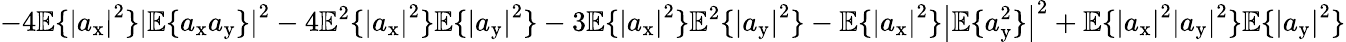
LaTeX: -4\mathbb{E}\{ \left|a_{\mathrm{x}}\right|^{2}\} \left|\mathbb{E}\{ a_{\mathrm{x}}a_{\mathrm{y}}\} \right|^{2}-4\mathbb{E}^{2}\{ \left|a_{\mathrm{x}}\right|^{2}\} \mathbb{E}\{ \left|a_{\mathrm{y}}\right|^{2}\} -3\mathbb{E}\{ \left|a_{\mathrm{x}}\right|^{2}\} \mathbb{E}^{2}\{ \left|a_{\mathrm{y}}\right|^{2}\} -\mathbb{E}\{ \left|a_{\mathrm{x}}\right|^{2}\} \left|\mathbb{E}\{ a_{\mathrm{y}}^{2}\} \right|^{2}+\mathbb{E}\{ \left|a_{\mathrm{x}}\right|^{2}\left|a_{\mathrm{y}}\right|^{2}\} \mathbb{E}\{ \left|a_{\mathrm{y}}\right|^{2}\}